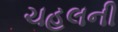
ચહલની